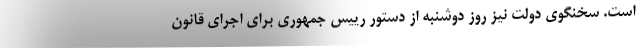
است. سخنگوی دولت نیز روز دوشنبه از دستور رییس جمهوری برای اجرای قانون